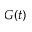
G ( t )